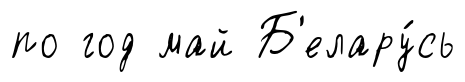
по год май Б'елару́сь